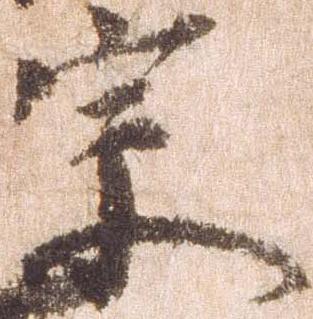
宗